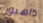
ذاهبون